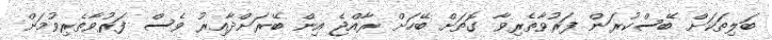
ބަލިތަކަށް ބޭސްކުރަން ފަރުވާތެރިވާ ގޮތަށް ބޭހަށް ރާއްޖެ އިން ބޭރަށްދާއިރު ވެސް ފަރުވާތެރިވުމަށް